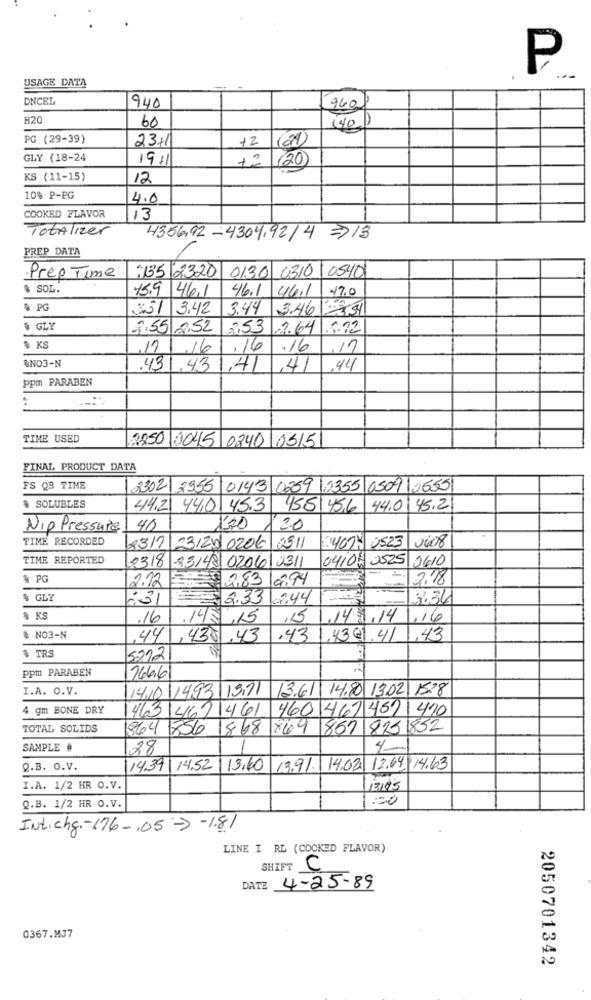
P
USAGE DATA
DNCEL
960
940
H20
60
(40)
PG (29-39)
23+1
12
(21)
GLY (18-24
1911
+2
(20)
KS (11-15)
12
10% P-PG
4.0
COOKED FLAVOR
13
TotAlizer
4356,92 -4304.92/4 =>13
PREP DATA
:135 2320
0130 0310 0540
Prep Time
. SOL.
75.9 46.1
46.1 46.1
17.0
& PG
331 3.42
3.44 3.46331
& GLY
7.55 2,52
2,53 -2.64 .5.72
· KS
16
.16
.16
,17
$NO3-N
.43
43
,41
,41
44
ppm PARABEN
:
TIME USED
2250 0045 0240 0515
FINAL PRODUCT DATA
FS QB TINE
23021 2955 0143 0259 2355 0509 0655
& SOLUBLES
44,2 440 45.3
455 456 44.0 45.2
Nip Pressure
40
100
120
TIME RECORDED
:4074 0523
0408
23/7/23/20 0206 0511
TIME REPORTED
2318 -23148 0206 2311
04104 2525 0610
% PG
2.12
2.83 9.94
7.18
$ GLY
:31
2.33
62.44
3.34
$ KS
.16
.148,15
,15
,14.3.14
,16
# NO3-N
.441,430.43
,43
.4391.4/ 1.43
$ TRS
52121
ppm PARABEN
166.6
I.A. O.V.
14.10/1993|1971
13.61\ 14.80 13.02 1528
4 gm BONE DRY
463 462 461 460 467 451 470
TOTAL SOLIDS
364 756 1868 869 857 825 852
SAMPLE #
28
4
Q.B. O.V.
14.39| 14.52
13,60
13.91. 14.02 12.64. 14.63
I.A. 1/2 HR O.V.
50
Q.B. 1/2 HR O.V.
Int.chg .- 176 -, 05-7 -1.81
LINE I RL (COOKED FLAVOR)
SHIFT
C
DATE 4-25-89
0367.MJ7
2050701342